Indian journal of veterinary science and animal husbandry - Volumes 26-27, 1956-1957
Year: 1956
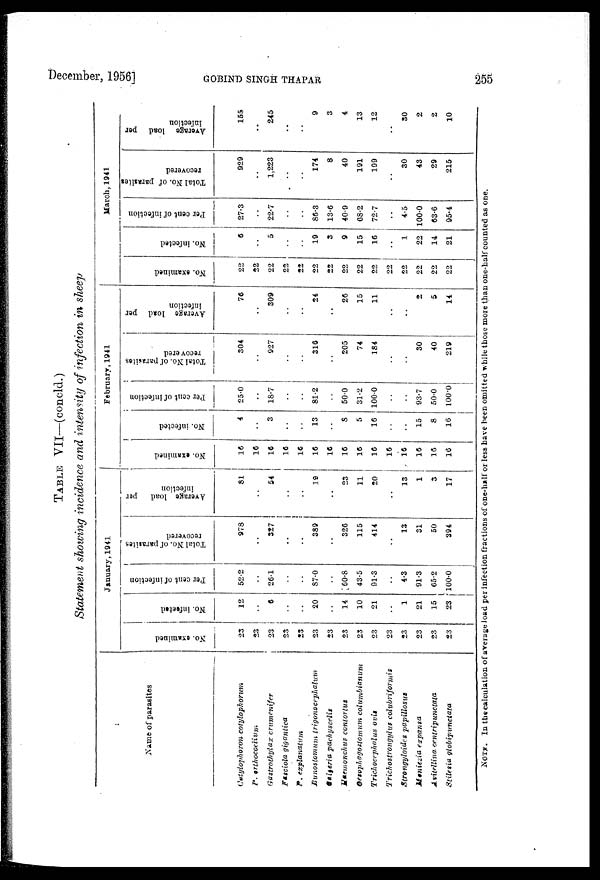
December, 1956]
GOBIND
SINGH
THAPAR
255
TABLE VII—(concld.)
Statement showing incidence and intensity of infection in sheep
Name of parasites
Cotylophoron cotylophorum
P. orthocoelium
Gastrothylax crumenifer
Fasciola gigantica
P. explanatum
Bunostomum
trigonocephalum
Gaigeria
pachyscelis
Haemonchus contortus
Oesophagostomum columbianum
Trichocephalus ovis
Trichostrongylus
colubriformis
Strongyloides papillosus
Moniezia expansa
Avitellina centripunctata
Stilesia globipunctata
January, 1941
No. examined
23
23
23
23
23
23
23
23
23
23
23
23
23
23
23
No. infected
12
..
6
..
..
20
..
14
10
21
..
1
21
15
23
Per cent of infection
52.2
..
26.1
..
..
87.0
..
60.8
43.5
91.3
..
4.3
91.3
65.2
100.0
Total No. of paraites
recovered
978
..
327
..
..
389
..
326
115
414
..
13
31
50
394
Average load
per
infection
81
..
54
..
..
19
..
23
11
20
..
13
1
3
17
February, 1941
No. examined
16
16
16
16
16
16
16
16
16
16
16
16
16
16
16
No. infected
4
..
3
..
..
13
..
8
5
16
..
..
15
8
16
Per cent of infection
25.0
..
18.7
..
..
81.2
..
50.0
31.2
100.0
..
..
93.7
50.0
100.0
Total No. of parasites
recovered
304
..
927
..
..
316
..
205
74
184
..
..
30
40
219
Average load per
infection
76
..
309
..
..
24
..
26
15
11
..
..
2
5
14
March, 1941
No. examined
22
22
22
22
22
22
22
22
22
22
22
22
22
22
22
No. infected
6
..
5
..
..
19
3
9
15
16
..
1
22
14
21
Per cent of infection
27.3
..
22.7
..
..
86.3
13.6
40.9
68.2
72.7
..
4.5
100.0
63.6
95.4
Total No. of parasites
recovered
929
..
1,223
..
..
174
8
40
191
199
..
30
43
29
215
Average load per
infection
155
..
245
..
..
9
3
4
13
12
..
30
2
2
10
NOTE. In the calculation of average load per infection fractions of one-half or less have been omitted while those more than one-half counted as one.